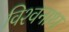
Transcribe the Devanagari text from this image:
विश्‍वनाथ्‍ा